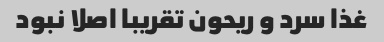
غذا سرد و ریحون تقریبا اصلا نبود